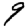
Digit: 9